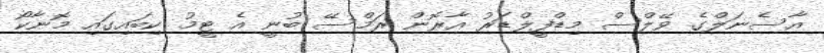
އާސެނަލްގެ ވޭލްސް މިޑްފީލްޑަރު އާރޮން ރަމްސޭ ބުނީ އެ ޓީމު ކިބައިގައި މޮނާކޯ